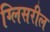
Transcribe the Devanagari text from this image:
ग्लिसरील